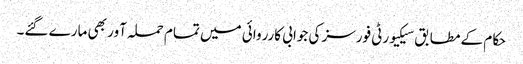
حکام کے مطابق سیکیورٹی فورسز کی جوابی کارروائی میں تمام حملہ آور بھی مارے گئے۔